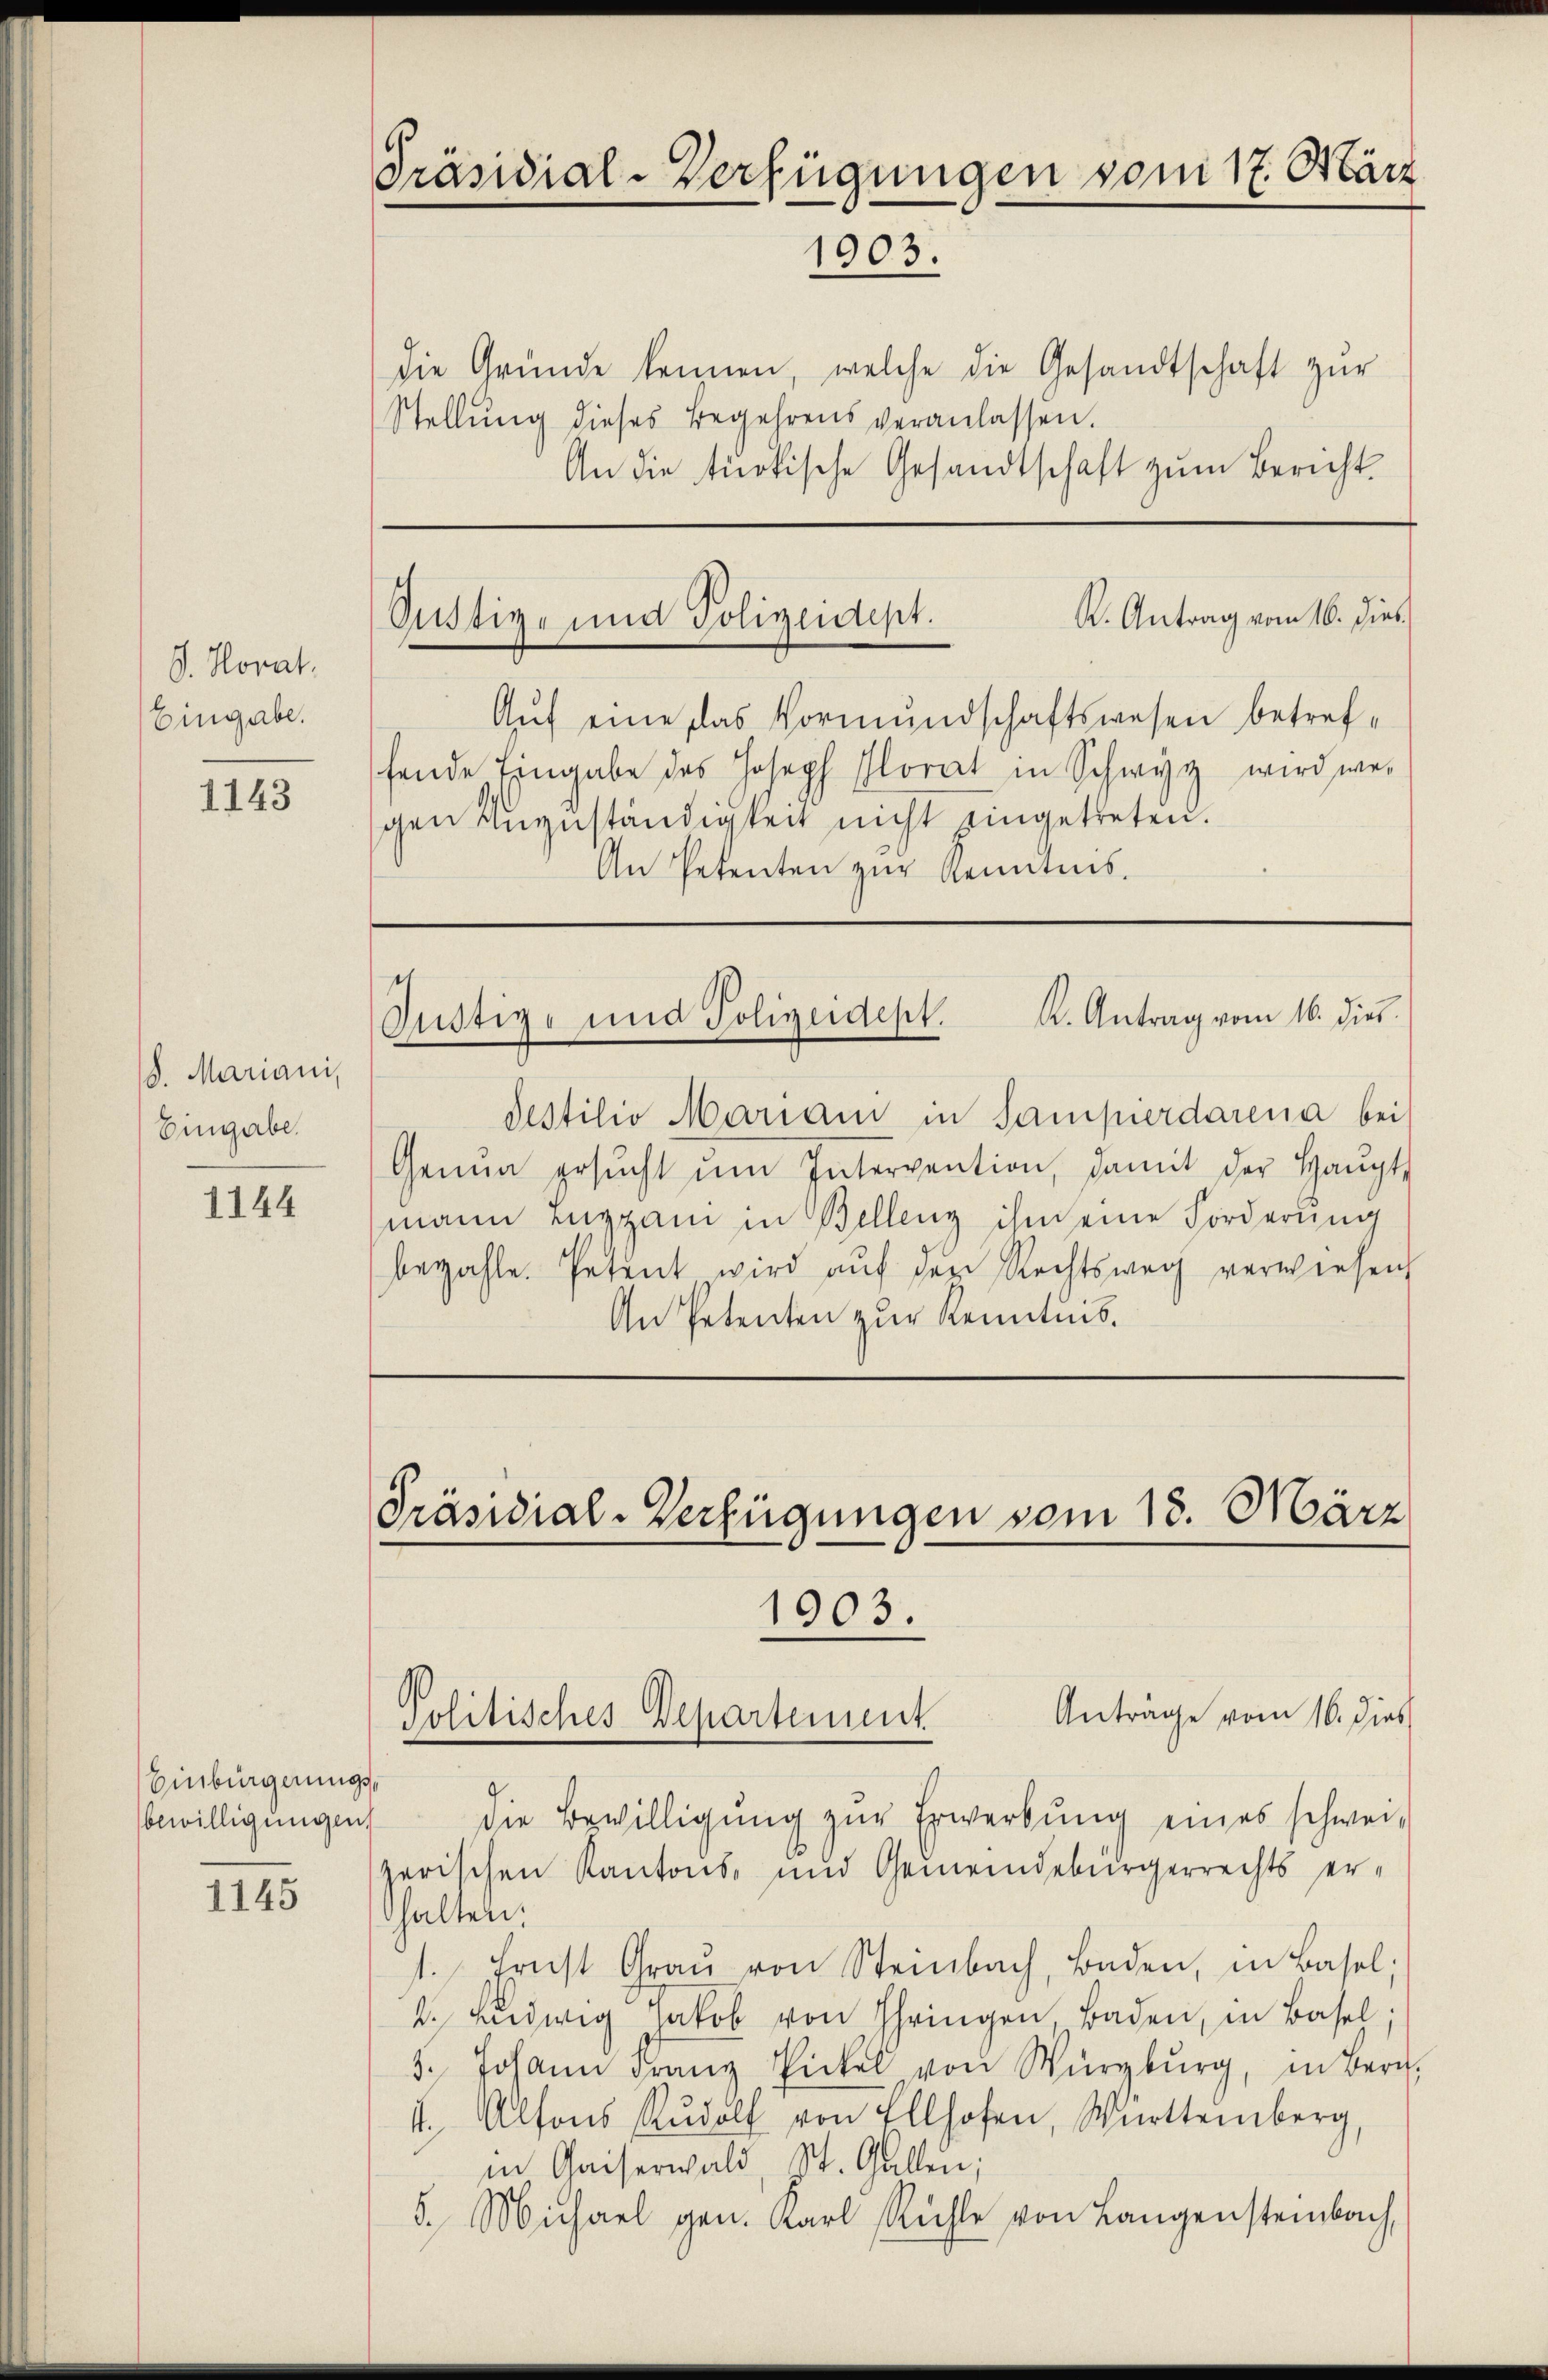
S. Horat.
Eingabe.

1143

8. Mariani,
Eingabe

1144

Einbürgerungsbewilligungen

1145

Präsidial-Verfügungen vom 17. März
1903.

Die Gründe kennen, welche die Gesandtschaft zŭr
Stellŭng dieses Begehrens veranlassen.
An die türkische Gesandtschaft zum Bericht

Auf eine das Vormundschaftswesen betreffende Eingabe des Joseph Florat in Schwyz wird wei
gen Aŭgŭständigkeit nicht eingetreten.
An Petenten zur Kenntnis.

K. Antrag vom 16. dies
Justiz- und Polizeidept.

Sestilio Mariam in Samperdarena bei
Genua ersŭcht ŭm Intervention, damit der Haŭpt-
mann Luggam in Bellenz ihm eine Forderung
bezahle. Petent wird aŭf der Rechtsweg verwiesen
An Petenten zur Kenntnis.

¬
Gustiz- und Polizeidept. K. Antrag vom 16. dies

Präsidial-Verfügungen vom 18. März
1903.
Antrage vom 16. dies
Politisches Departement.

die Bewilligŭng zur Erwerbung eines schweizerischen Kantons- und Gemeindebürgerrechts erhalten.
1. Ernst Graŭ von Steinbach, Baden, in Basel;
2. Hedwig Jakob von Ihringen, Baden, in Basel;
3. Johann Franz Pickel von Würzburg, in Bern,
4. Alfons Rŭdolf von Ellhofen, Württemberg,
in Chaiserwald, St. Gallen;
5. Michael gen. Karl Rühle von Langensteinbach,